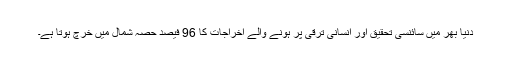
دنیا بھر میں سائنسی تحقیق اور انسانی ترقی پر ہونے والے اخراجات کا 96 فیصد حصہ شمال میں خرچ ہوتا ہے۔